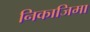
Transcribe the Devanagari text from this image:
निकाजिमा